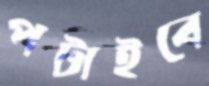
পটাইবে